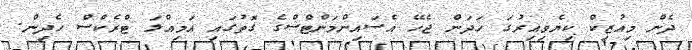
ދެން މިއުޒިކް ކިޔެވިއިރުގަ ހަދަން ޖެހޭ އެސައިންމަންޓްސްގެ ގޮތުގައި އަމިއްލަ ޓްރެކްސް ހެދިން.